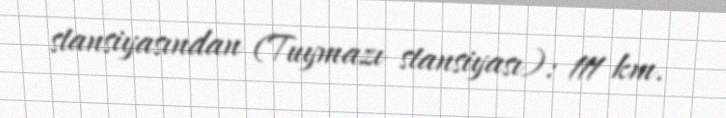
stansiyasından (Tuymazı stansiyası): 111 km.